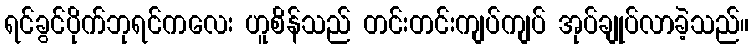
ရင်ခွင်ပိုက်ဘုရင်ကလေး ဟူစိန်သည် တင်းတင်းကျပ်ကျပ် အုပ်ချုပ်လာခဲ့သည်။